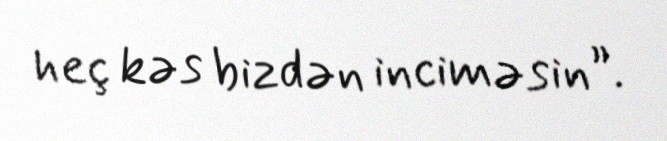
heç kəs bizdən inciməsin”.